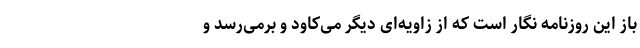
باز این روزنامه نگار است که از زاویه‌ای دیگر می‌کاود و برمی‌رسد و